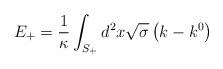
LaTeX: \begin{align*}E_{+}=\frac{1}{\kappa }\int_{S_{+}}^{{}}d^{2}x\sqrt{\sigma }\left(k-k^{0}\right)\end{align*}